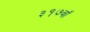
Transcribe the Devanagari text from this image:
३१७वॉ